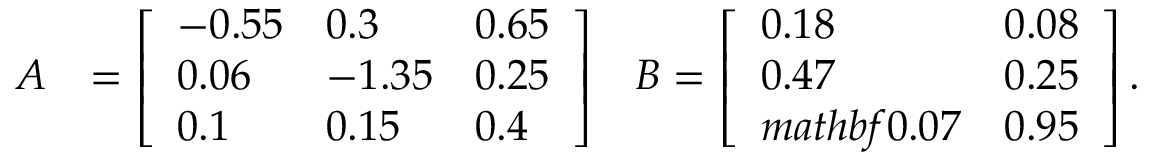
\begin{array} { r l r } { A } & { = \left[ \begin{array} { l l l } { - 0 . 5 5 } & { 0 . 3 } & { 0 . 6 5 } \\ { 0 . 0 6 } & { - 1 . 3 5 } & { 0 . 2 5 } \\ { 0 . 1 } & { 0 . 1 5 } & { 0 . 4 } \end{array} \right] } & { B = \left[ \begin{array} { l l } { 0 . 1 8 } & { 0 . 0 8 } \\ { 0 . 4 7 } & { 0 . 2 5 } \\ { m a t h b f { 0 } . 0 7 } & { 0 . 9 5 } \end{array} \right] . } \end{array}